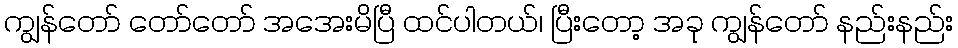
ကျွန်တော် တော်တော် အအေးမိပြီ ထင်ပါတယ်၊ ပြီးတော့ အခု ကျွန်တော် နည်းနည်း